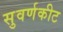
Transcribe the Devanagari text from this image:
सुवर्णकीट